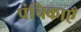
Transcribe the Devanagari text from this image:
पंचिकाएँ